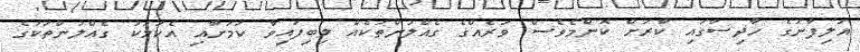
އަލިފާނުގެ ހާދިސާގައި ކާރަށް ކޮންމެވެސް ވަރެއްގެ ގެއްލުންތަކެއް ލިބިފައިވާ ކަމަށާއި އެކަމަކު ގެއްލުންތަކުގެ